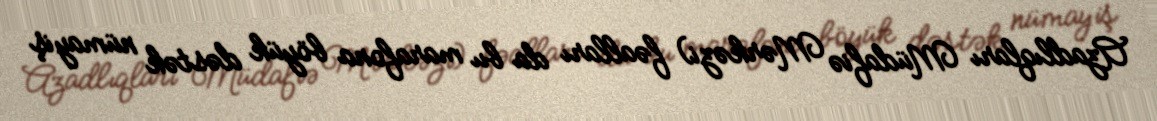
Azadlıqları Müdafiə Mərkəzi) fəalları da bu marafona böyük dəstək nümayiş